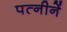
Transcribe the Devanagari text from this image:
पत्नीनें